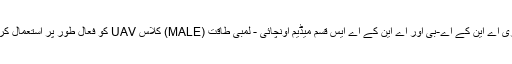
جنڈرمیری اے این کے اے-بی اور اے این کے اے ایس قسم میڈیم اونچائی - لمبی طاقت (MALE) کلاس UAV کو فعال طور پر استعمال کرتے ہیں۔